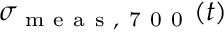
\sigma _ { \mathrm { ~ m ~ e ~ a ~ s ~ , ~ 7 ~ 0 ~ 0 ~ } } ( t )